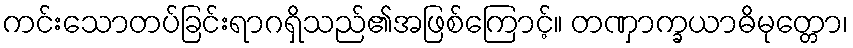
ကင်းသောတပ်ခြင်းရာဂရှိသည်၏အဖြစ်ကြောင့်။ တဏှာက္ခယာဓိမုတ္တော၊